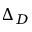
\Delta _ { D }